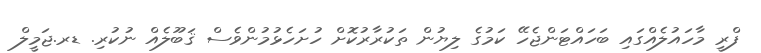
ފްރީ މާހައުލެއްގައި ބަހައްޓަންޖެހޭ ކަމުގެ ލިޔުން ތަކުރާރުކޮށް ހުށަހެޅުމުންވެސް ޤަބޫލެއް ނުކުރި. ޑރ.ޖަމީލް